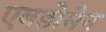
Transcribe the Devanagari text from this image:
एबडोमेन